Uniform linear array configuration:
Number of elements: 12
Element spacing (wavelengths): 0.5
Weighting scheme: exponential
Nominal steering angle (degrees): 45
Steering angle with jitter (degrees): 46.884
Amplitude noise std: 0.05
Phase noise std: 0.05

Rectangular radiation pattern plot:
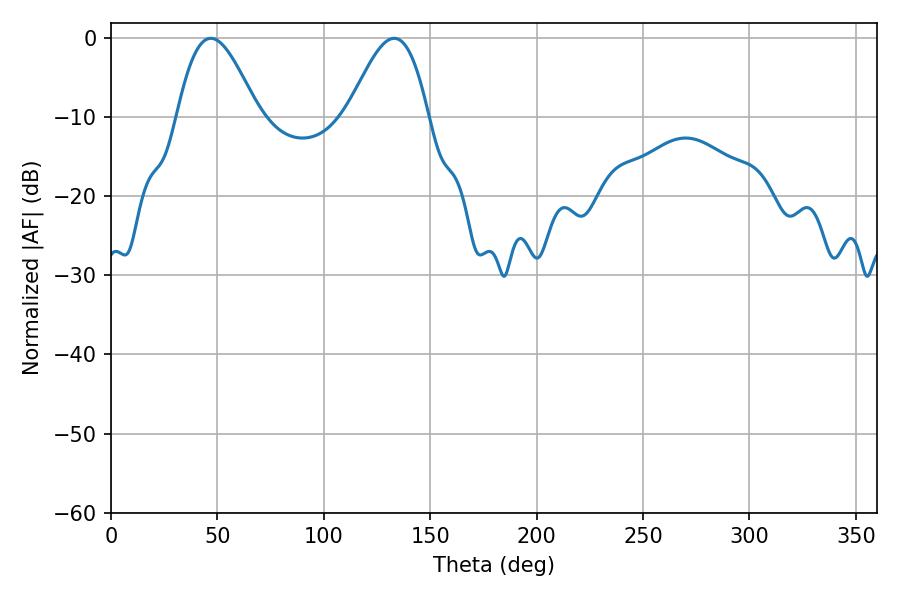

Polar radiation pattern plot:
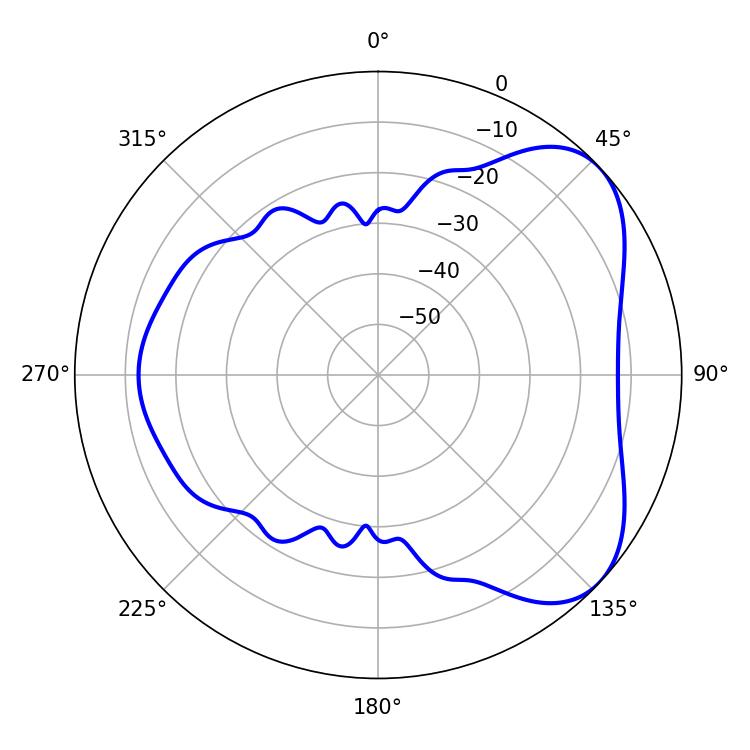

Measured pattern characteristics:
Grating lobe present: FALSE
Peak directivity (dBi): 5.413
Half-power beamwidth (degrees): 20.34
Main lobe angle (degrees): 46.98